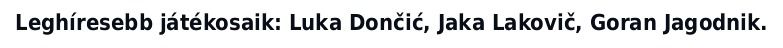
Leghíresebb játékosaik: Luka Dončić, Jaka Lakovič, Goran Jagodnik.